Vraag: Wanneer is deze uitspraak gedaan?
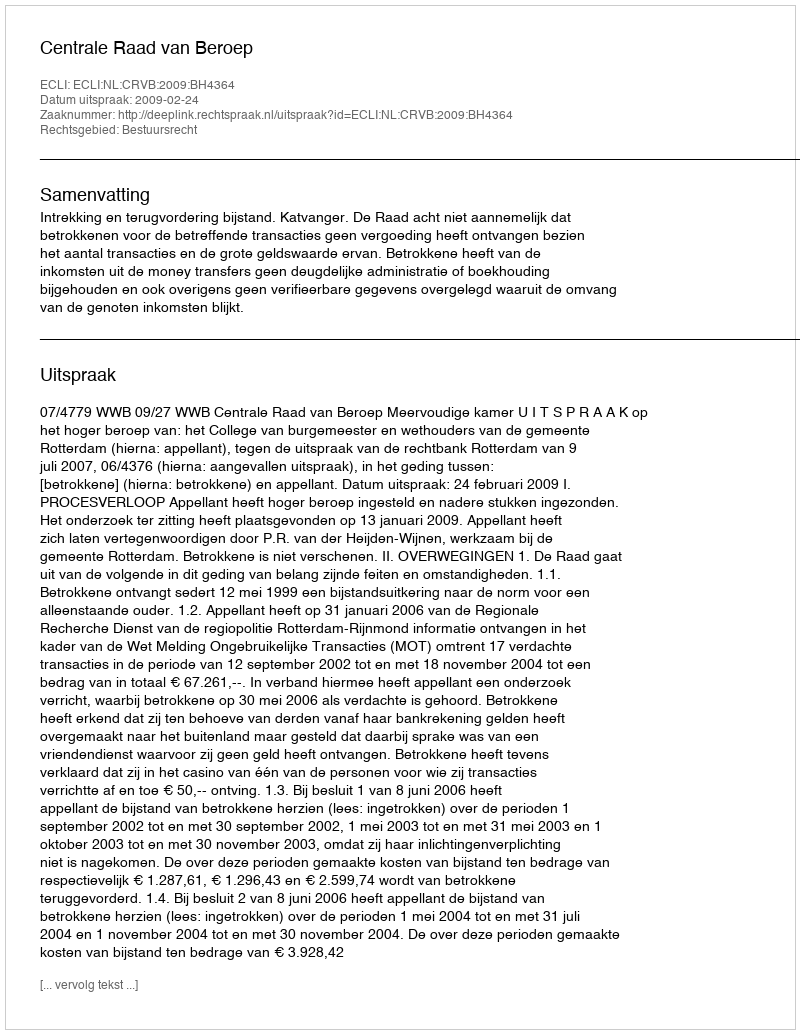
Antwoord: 2009-02-24